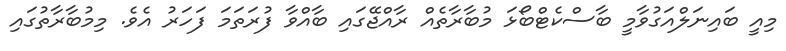
މިއީ ބައިނަލްއަގުވާމީ ބާސްކެޓްބޯޅަ މުބާރާތެއް ރާއްޖޭގައި ބާއްވާ ފުރަތަމަ ފަހަރު އެވެ. މިމުބާރާތުގައި